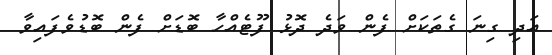
އަދި ގިނަ ގެތަކަށް ފެން ވަދެ ދޮޅު ފޫޓެއްހާ ބޮޑަށް ފެން ބޮޑުވެފައިވާ